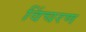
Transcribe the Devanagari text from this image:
विंचरण